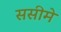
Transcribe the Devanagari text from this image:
ससीमे